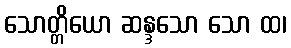
သောတ္တိယော ဆန္ဒသော သော ထ၊